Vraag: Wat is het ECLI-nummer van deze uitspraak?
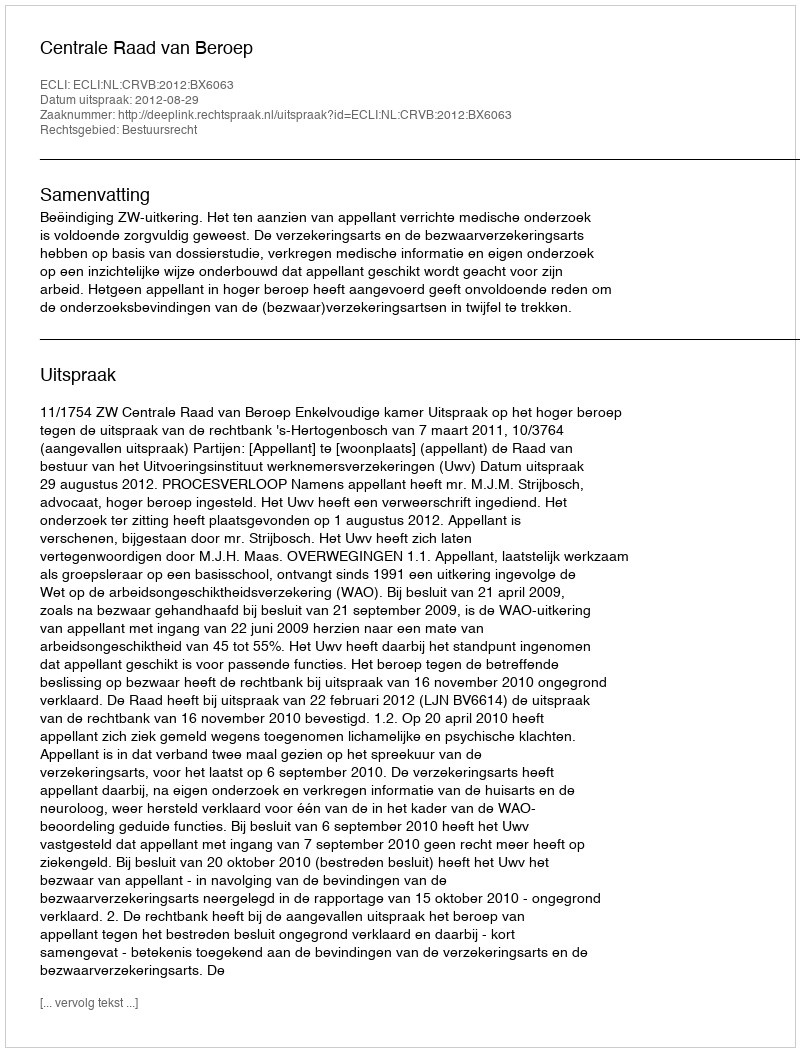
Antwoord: ECLI:NL:CRVB:2012:BX6063